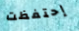
إحتفظت